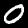
Label: 0